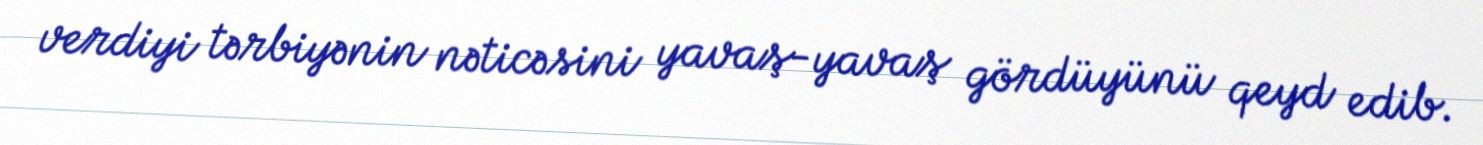
verdiyi tərbiyənin nəticəsini yavaş-yavaş gördüyünü qeyd edib.